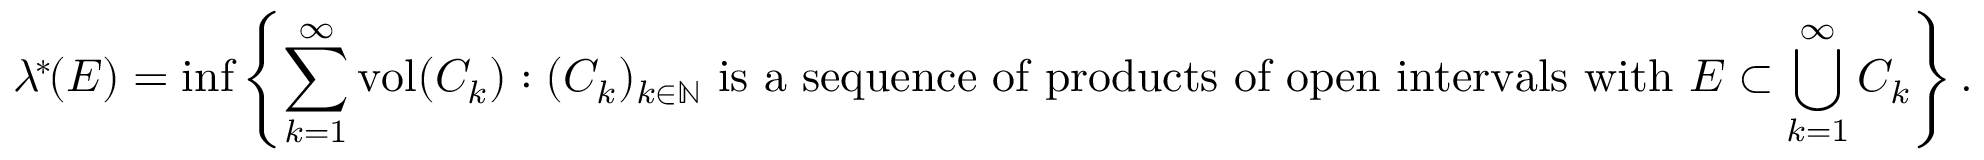
\lambda ^ { \! * \! } ( E ) = \operatorname* { i n f } \left\{ \sum _ { k = 1 } ^ { \infty } \operatorname { v o l } ( C _ { k } ) : { ( C _ { k } ) _ { k \in \mathbb { N } } } { \mathrm { ~ i s ~ a ~ s e q u e n c e ~ o f ~ p r o d u c t s ~ o f ~ o p e n ~ i n t e r v a l s ~ w i t h ~ } } E \subset \bigcup _ { k = 1 } ^ { \infty } C _ { k } \right\} .